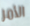
الأمر